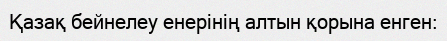
Қазақ бейнелеу енерінің алтын қорына енген: